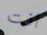
انت